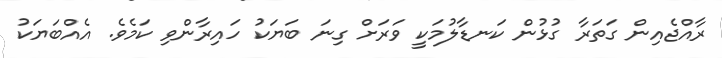
ރާއްޖެއިން ގަތަރާ ގުޅުން ކަނޑާލުމަކީ ވަރަށް ގިނަ ބަޔަކު ހައިރާންވި ކަމެވެ. އެއްބަޔަކު